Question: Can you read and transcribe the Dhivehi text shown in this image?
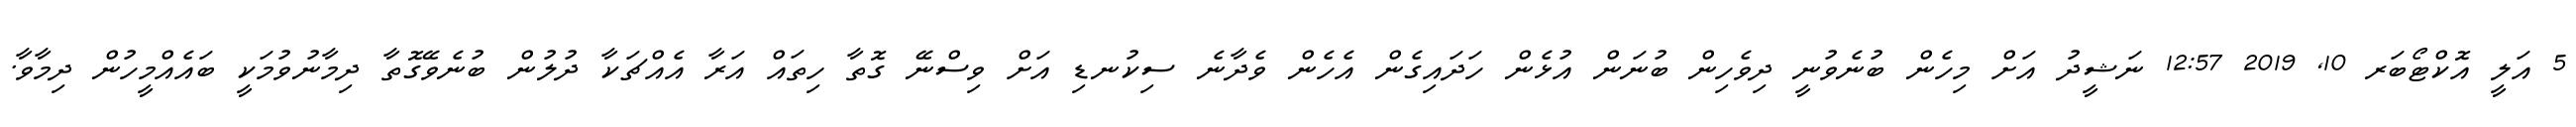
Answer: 5 އަލީ އޮކްޓޯބަރ 10, 2019 12:57 ނަޝީދު އަށް މިހެން ބުނެވުނީ ދިވެހިން ބުނަން އުޅެން ހަދައިގެން އެހެން ވެދާނެ ސިކުނޑި އަށް ވިސްނޭ ގޮތާ ހިތައް އަރާ އެއްޗަކާ ދުލުން ބުނެވޭގޮތާ ދިމާނުވުމަކީ ބައެއްމީހުން ދިމާވާ.